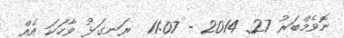
ނޮވެމްބަރު 27